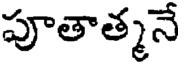
పూతాత్మనే